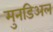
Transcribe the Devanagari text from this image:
मुनडिअल